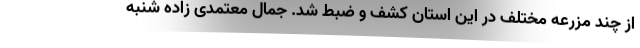
از چند مزرعه مختلف در این استان کشف و ضبط شد. جمال معتمدی زاده شنبه